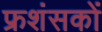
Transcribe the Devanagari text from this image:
फ्रशंसकों